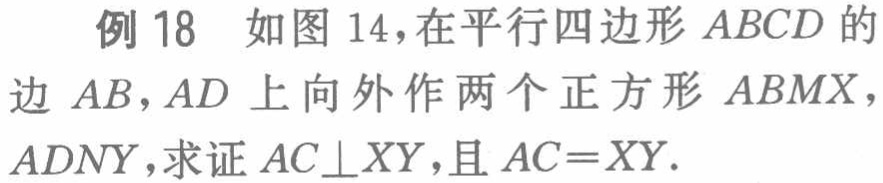
例 18 如图 14，在平行四边形 \(ABCD\) 的边 \(AB,AD\) 上向外作两个正方形 \(ABMX\)，\(ADNY\)，求证 \(AC\perp XY\)，且 \(AC = XY\)。